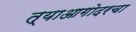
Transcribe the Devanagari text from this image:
त्याआगोदरचा